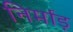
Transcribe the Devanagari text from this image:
निर्माड़